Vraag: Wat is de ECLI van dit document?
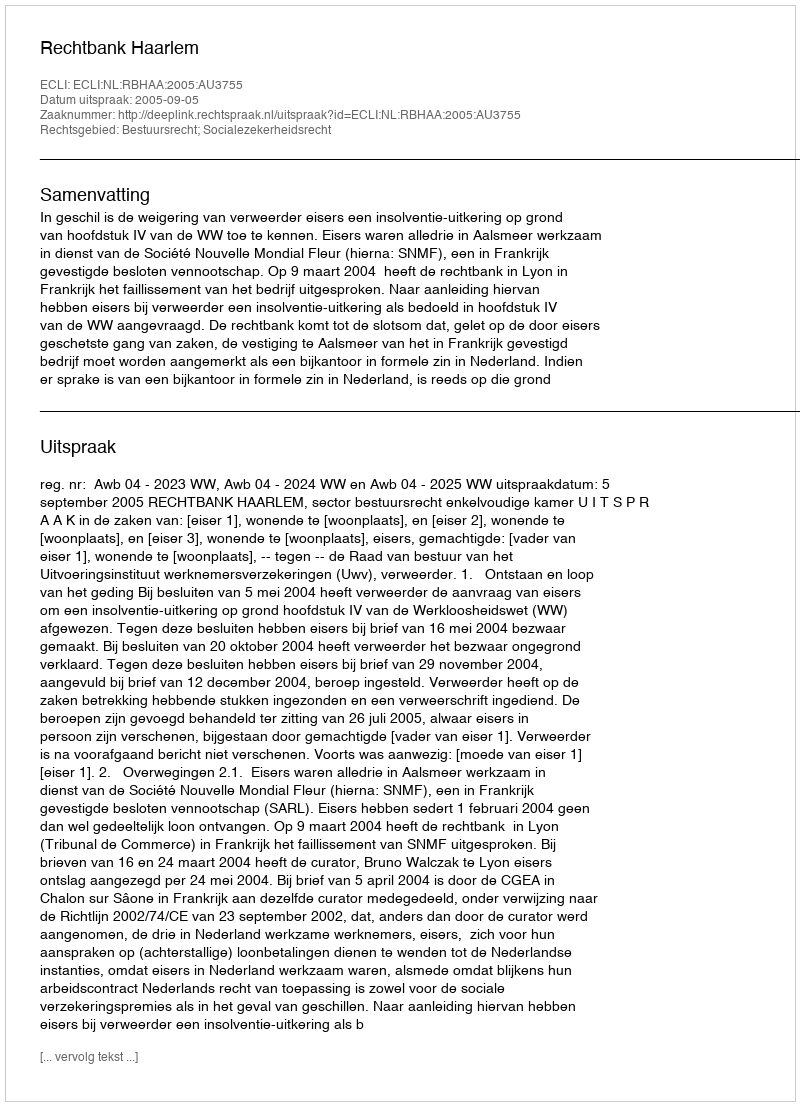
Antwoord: ECLI:NL:RBHAA:2005:AU3755